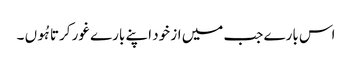
اس بارے جب میں از خود اپنے بارے غور کرتا ہُوں ۔